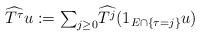
\begin{align*}\widehat{T^{\tau}}u:={\textstyle\sum\nolimits_{j\geq0}}\widehat{T^{j}}(1_{E\cap\{\tau=j\}}u)\end{align*}